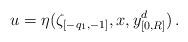
LaTeX: \begin{align*}u & =\eta(\zeta_{[-q_{1},-1]},x,y_{[0,R]}^{d})\,.\end{align*}